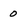
Character: 0